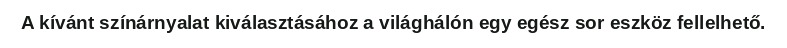
A kívánt színárnyalat kiválasztásához a világhálón egy egész sor eszköz fellelhető.